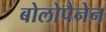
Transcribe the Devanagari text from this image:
बोलोपैनेन